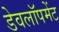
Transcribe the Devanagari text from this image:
डेवलॉपमेंट